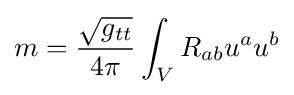
m={\frac {\sqrt {g_{tt}}}{4\pi }}\int _{V}R_{ab}u^{a}u^{b}